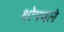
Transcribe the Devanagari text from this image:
थोपवले